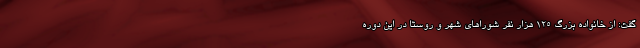
گفت: از خانواده بزرگ 125 هزار نفر شوراهای شهر و روستا در این دوره